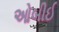
ઓબીઈ